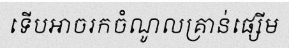
ទើបអាចរកចំណូលគ្រាន់ផ្សើម